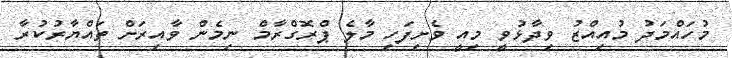
މުހައްމަދު މުއިއްޒު ވިދާޅުވީ މިއީ ވެށިފަހި މާލެ ޕްރޮގްރާމް ނިމެން ވާއިރަށް ތައްޔާރުކުރާ